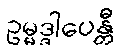
ဥမ္မဒ္ဒါပေန္တီ